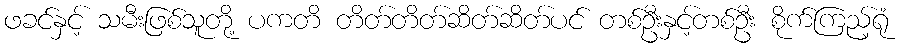
ဖခင်နှင့် သမီးဖြစ်သူတို့ ပကတိ တိတ်တိတ်ဆိတ်ဆိတ်ပင် တစ်ဦးနှင့်တစ်ဦး စိုက်ကြည့်ရုံ